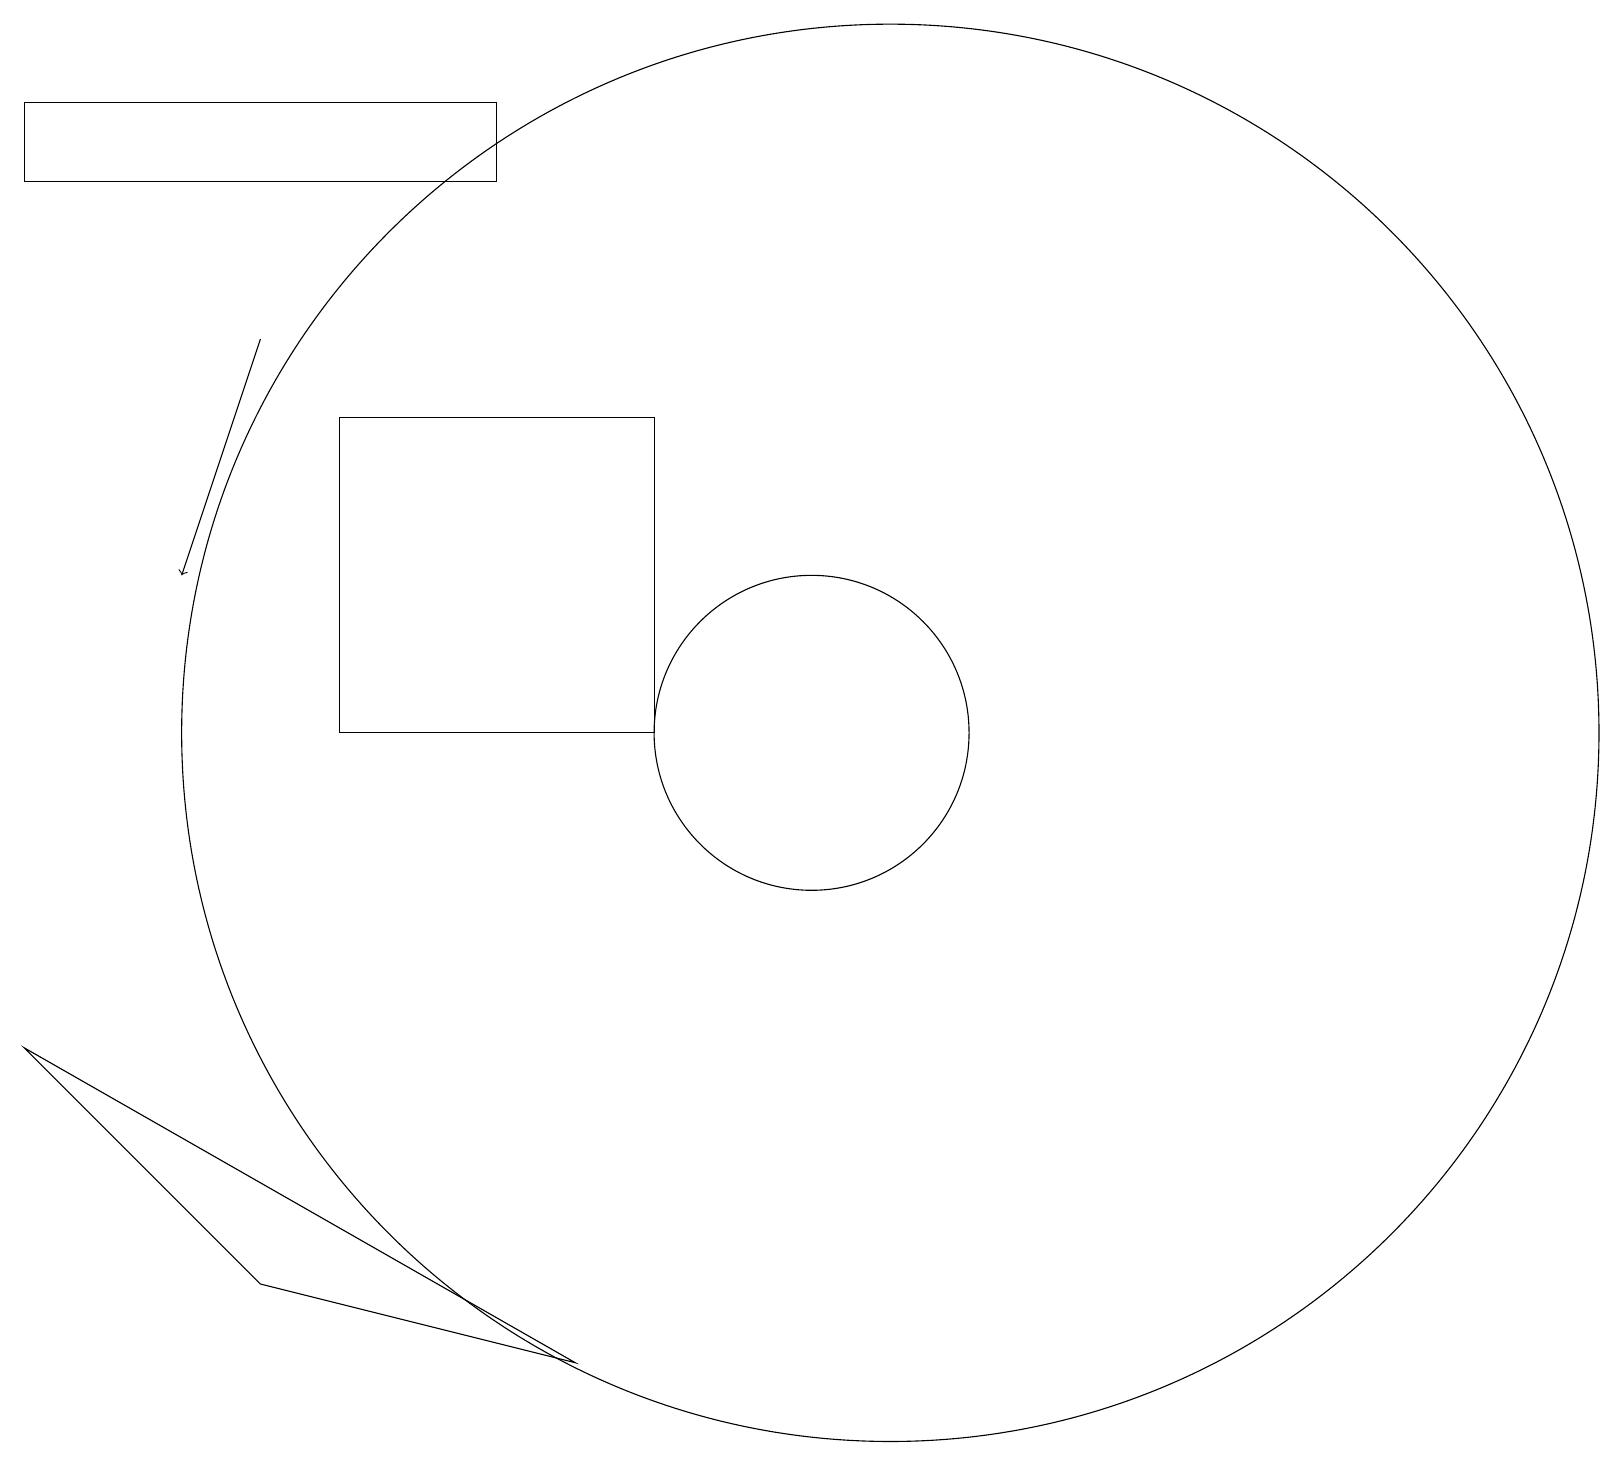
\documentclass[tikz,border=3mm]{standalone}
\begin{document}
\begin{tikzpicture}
\draw (7,19) rectangle (1,18);
\draw (12,11) circle (9);
\draw (4,4) -- (8,3) -- (1,7) -- cycle;
\draw[->] (4,16) -- (3,13);
\draw (5,11) rectangle (9,15);
\draw (11,11) circle (2);
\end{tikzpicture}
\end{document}